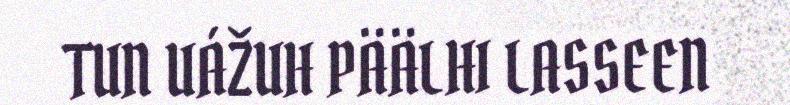
TUN UÁŽUH PÄÄLHI LASSEEN